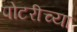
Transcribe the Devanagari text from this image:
पोटरीच्या